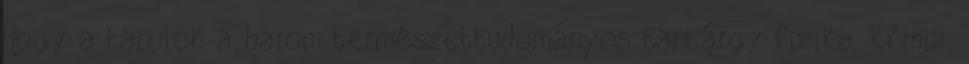
hogy a tanulók a három természettudományos tantárgy fizika, kémia,